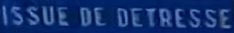
ISSUE DE DETRESSE